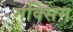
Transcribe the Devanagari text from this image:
मक्सिम